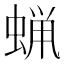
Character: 蝋